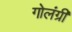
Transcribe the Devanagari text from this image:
गोलंग्री